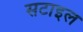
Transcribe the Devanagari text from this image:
सटाइल